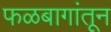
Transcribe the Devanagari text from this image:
फळबागांतून